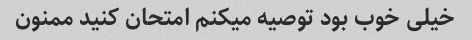
خیلی خوب بود توصیه میکنم امتحان کنید ممنون